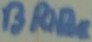
Text: BRIDGE